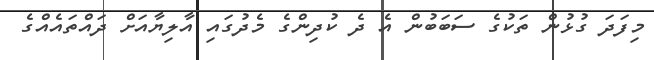
މިފަދަ ގުޅުން ތަކުގެ ސަބަބުން އެ ދެ ކުދިންގެ މެދުގައި އާލިޔާއަށް ދައްތައެއްގެ